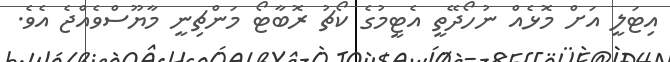
އިޓަލީ އަށް މޮޅެއް ނުހޯދޭތީ އެޓީމުގެ ކޯޗު ރޮބާޓޯ މަންޗިނީ މާޔޫސްވެއްޖެ އެވެ.